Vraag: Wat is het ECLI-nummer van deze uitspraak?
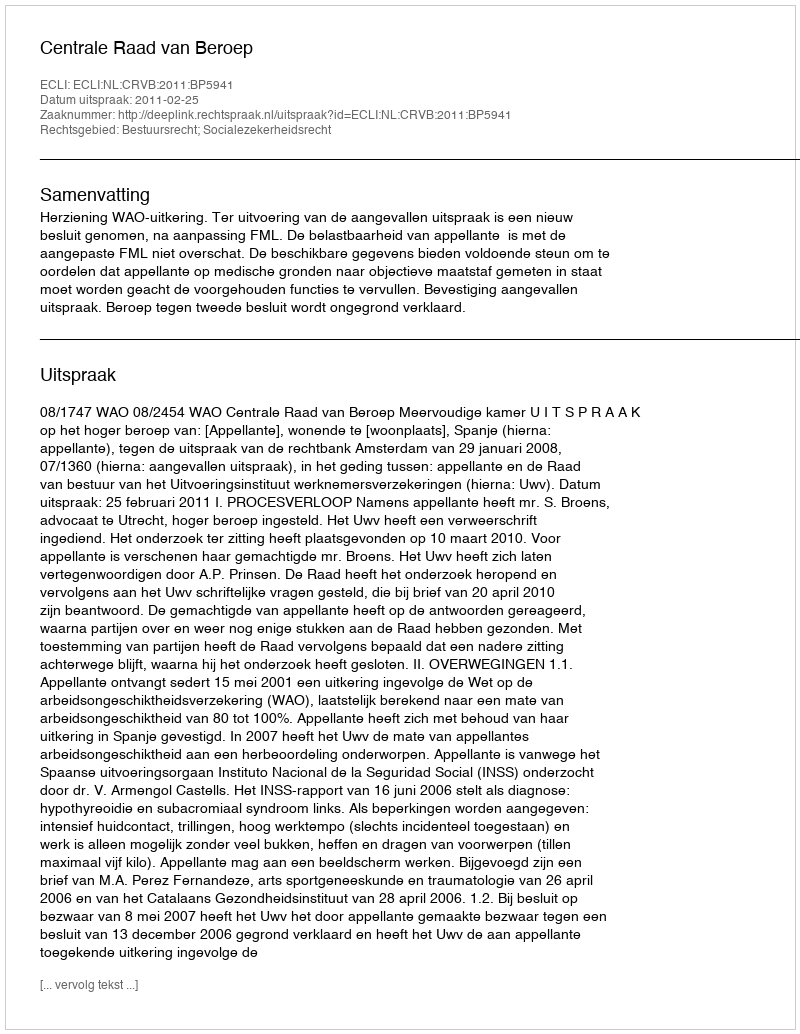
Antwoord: ECLI:NL:CRVB:2011:BP5941